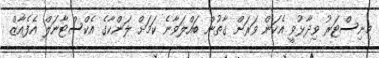
މިނިސްޓަރު ވިދާޅުވީ އެކަން ވަރަށް ގާތުން ބައްލަވާނެ ކަމަށް ލަންކާގެ އެކްސްޓާނަލް އެފެއާޒް